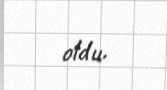
oldu.